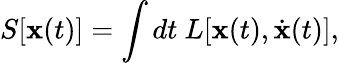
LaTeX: S[\mathbf{x}(t)]=\int dt~L[\mathbf{x}(t),\dot{\mathbf{x}}(t)],